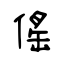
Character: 傜